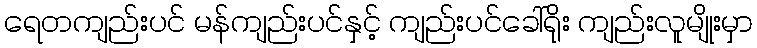
ရေတကျည်းပင် မန်ကျည်းပင်နှင့် ကျည်းပင်ခေါ်ရိုး ကျည်းလူမျိုးမှာ